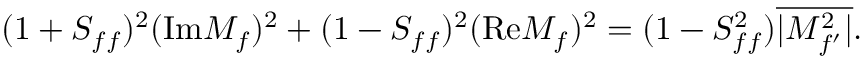
( 1 + S _ { f f } ) ^ { 2 } ( \mathrm { I m } M _ { f } ) ^ { 2 } + ( 1 - S _ { f f } ) ^ { 2 } ( \mathrm { R e } M _ { f } ) ^ { 2 } = ( 1 - S _ { f f } ^ { 2 } ) \overline { { { | M _ { f ^ { \prime } } ^ { 2 } | } } } .